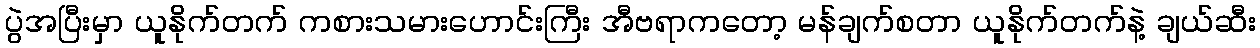
ပွဲအပြီးမှာ ယူနိုက်တက် ကစားသမားဟောင်းကြီး အီဗရာကတော့ မန်ချက်စတာ ယူနိုက်တက်နဲ့ ချယ်ဆီး